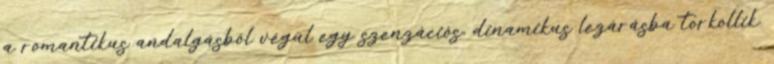
a romantikus andalgásból végül egy szenzációs, dinamikus lezárásba torkollik.